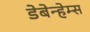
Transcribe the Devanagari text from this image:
डेबेन्हेम्स